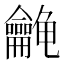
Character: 𱍉